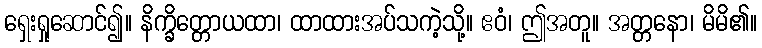
ရှေးရှုဆောင်၍။ နိက္ခိတ္တောယထာ၊ ထာထားအပ်သကဲ့သို့။ ဧဝံ၊ ဤအတူ။ အတ္တနော၊ မိမိ၏။